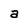
Character: a